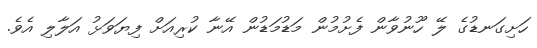
ހަށިގަނޑުގެ ލޭ ހޫނުވާން ފެށުމުން މަޑުމަޑުން އޭނާ ކުރިއަށް ފިޔަވަޅު އަލާލި އެވެ.